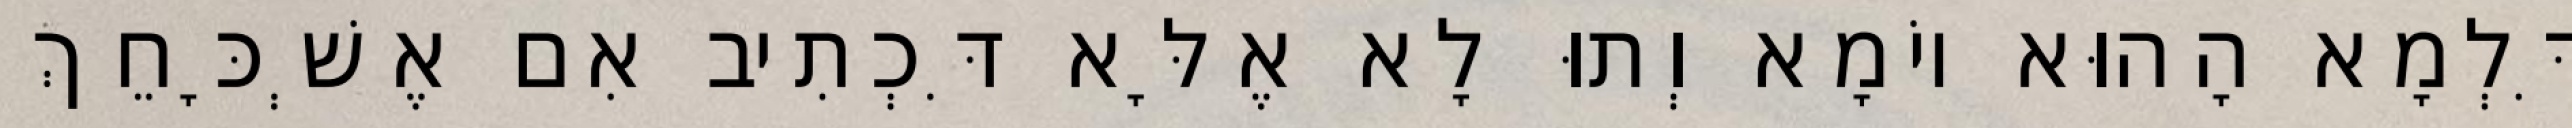
דִּלְמָא הָהוּא יוֹמָא וְתוּ לָא אֶלָּא דִּכְתִיב אִם אֶשְׁכָּחֵךְ